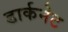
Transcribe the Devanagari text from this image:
डार्कनेट